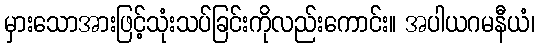
မှားသောအားဖြင့်သုံးသပ်ခြင်းကိုလည်းကောင်း။ အပါယဂမနီယံ၊